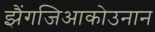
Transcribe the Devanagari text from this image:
झैंगजिआकोउनान